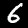
Label: 6